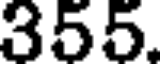
355.